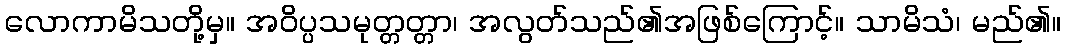
လောကာမိသတို့မှ။ အဝိပ္ပသမုတ္တတ္တာ၊ အလွတ်သည်၏အဖြစ်ကြောင့်။ သာမိသံ၊ မည်၏။